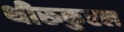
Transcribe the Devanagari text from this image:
थीरूकुरल